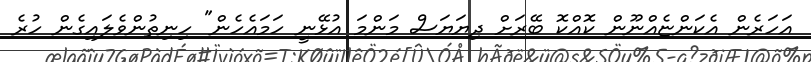
އަހަރެން އެކަންޏެއްނޫން ކޮއްކޮ ބޭރަށް ދިޔަޔަސް މަންމަ އުޅޭނީ ހަމައެހެން" ހިނިތުންވެލައިގެން ހުރެ